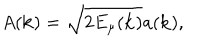
A ( { \bf k } ) = \sqrt { 2 E _ { \mu } ( { \bf k } ) } a ( { \bf k } ) ,